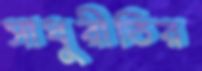
সাধুরীতির